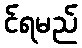
င်ရမည်